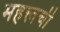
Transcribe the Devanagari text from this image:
महत्त्वची